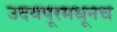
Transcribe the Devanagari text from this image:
उदयपूरमधूनच